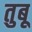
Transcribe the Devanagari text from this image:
तुबू